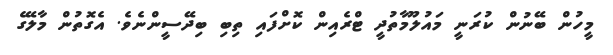
މީހުން ބޭނުން ކުރަނީ މައުލޫމާތުދީ ޓްރެއިން ކޮށްފައި ތިބި ބިދޭސީންނެވެ. އެގޮތުން މާލޭގެ